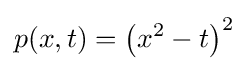
p(x,t)=\left(x^{2}-t\right)^{2}